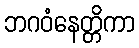
ဘဂဝံနေတ္တိကာ